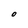
Character: O